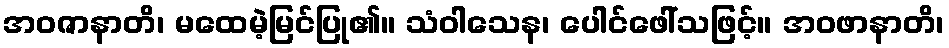
အဝဇာနာတိ၊ မထေမဲ့မြင်ပြု၏။ သံဝါသေန၊ ပေါင်ဖေါ်သဖြင့်။ အဝဖာနာတိ၊